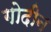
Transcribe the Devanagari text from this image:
गोदीन